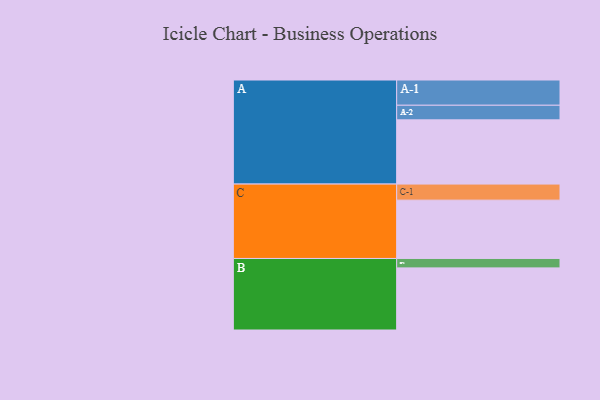
{"axis": {"x": "Segment", "y": "Value"}, "legend": ["", "A", "B", "C"], "data": [{"x": "A", "y": 580, "type": ""}, {"x": "B", "y": 561, "type": ""}, {"x": "C", "y": 527, "type": ""}, {"x": "A-1", "y": 228, "type": "A"}, {"x": "A-2", "y": 132, "type": "A"}, {"x": "B-1", "y": 85, "type": "B"}, {"x": "C-1", "y": 145, "type": "C"}]}